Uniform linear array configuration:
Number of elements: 8
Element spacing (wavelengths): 1
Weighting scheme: exponential
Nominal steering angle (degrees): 30
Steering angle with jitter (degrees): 29.375
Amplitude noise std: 0.05
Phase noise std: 0.05

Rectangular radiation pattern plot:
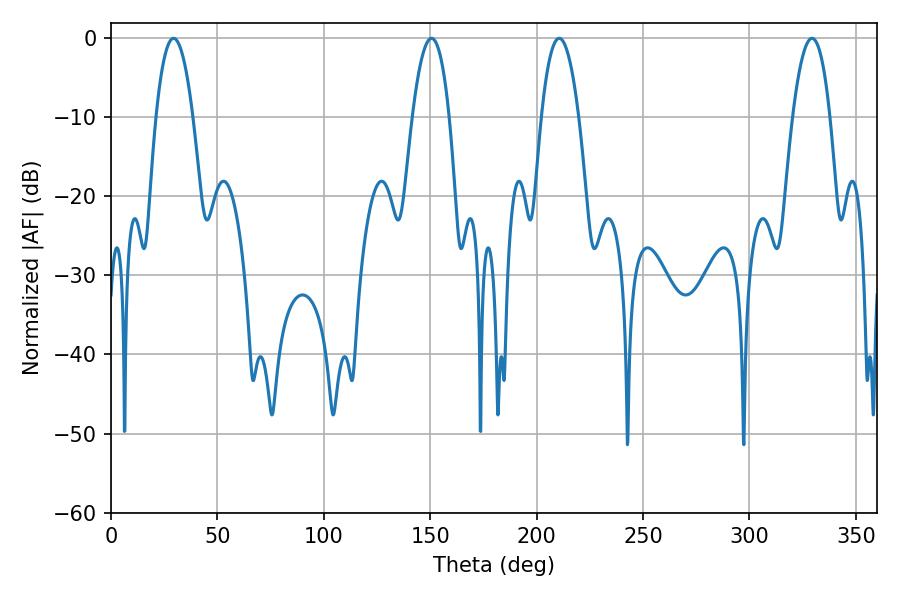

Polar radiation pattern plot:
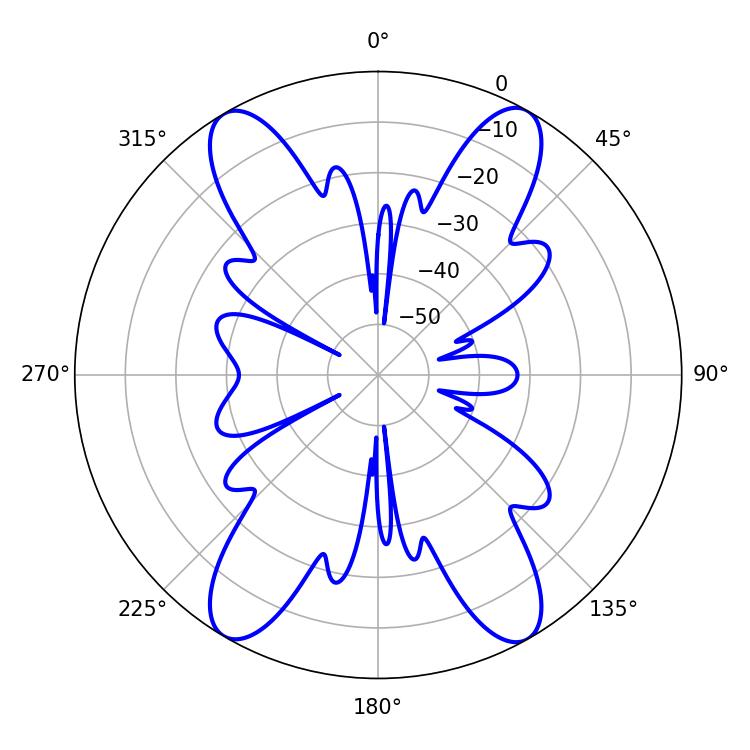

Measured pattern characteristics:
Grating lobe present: TRUE
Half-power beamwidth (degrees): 9.72
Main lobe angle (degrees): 210.6